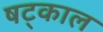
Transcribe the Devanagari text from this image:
षट्काल